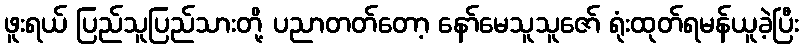
ဖူးရယ် ပြည်သူပြည်သားတို့ ပညာတတ်တော့ နော်မေသူသူဇော် ရုံးထုတ်ရမန်ယူခဲ့ပြီး